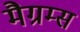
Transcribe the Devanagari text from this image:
मैग्रम्स